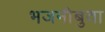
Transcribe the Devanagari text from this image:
भजनीबुवा